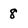
Character: 8